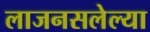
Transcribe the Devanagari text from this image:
लाजनसलेल्या